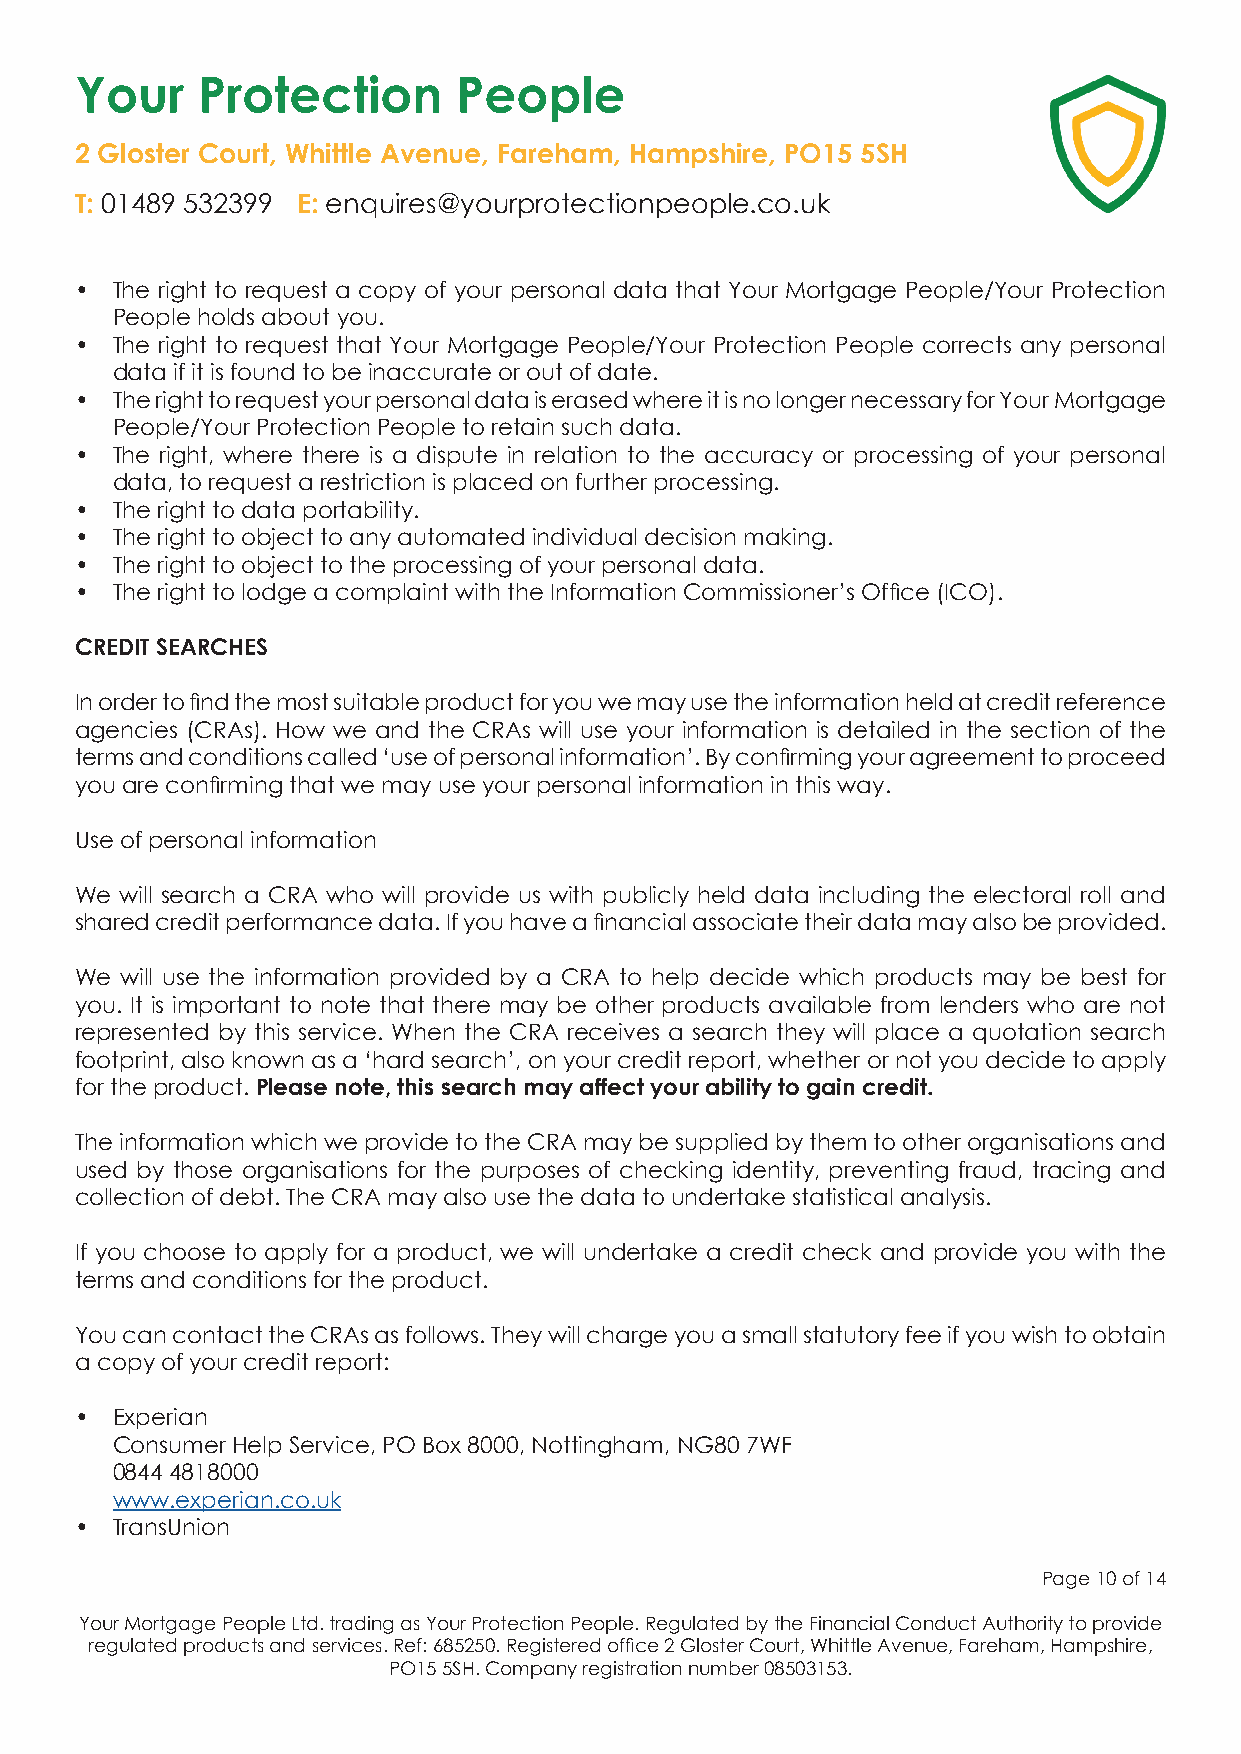
Your    Protection       People
 2 Gloster Court, Whittle Avenue, Fareham, Hampshire, PO15 5SH
 T: 01489 532399 E: enquires@yourprotectionpeople.co.uk
 • The right to request a copy of your personal data that Your Mortgage People/Your Protection
 People holds about you.
 • The right to request that Your Mortgage People/Your Protection People corrects any personal
 data if it is found to be inaccurate or out of date.
 • The right to request your personal data is erased where it is no longer necessary for Your Mortgage
 People/Your Protection People to retain such data.
 • The right, where there is a dispute in relation to the accuracy or processing of your personal
 data, to request a restriction is placed on further processing.
 • The right to data portability.
 • The right to object to any automated individual decision making.
 • The right to object to the processing of your personal data.
 • The right to lodge a complaint with the Information Commissioner’s Office (ICO).
 CREDIT SEARCHES
 In order to find the most suitable product for you we may use the information held at credit reference
 agencies (CRAs). How we and the CRAs will use your information is detailed in the section of the
 terms and conditions called ‘use of personal information’. By confirming your agreement to proceed
 you are confirming that we may use your personal information in this way.
 Use of personal information
 We will search a CRA who will provide us with publicly held data including the electoral roll and
 shared credit performance data. If you have a financial associate their data may also be provided.
 We will use the information provided by a CRA to help decide which products may be best for
 you. It is important to note that there may be other products available from lenders who are not
 represented by this service. When the CRA receives a search they will place a quotation search
 footprint, also known as a ‘hard search’, on your credit report, whether or not you decide to apply
 for the product. Please note, this search may affect your ability to gain credit.
 The information which we provide to the CRA may be supplied by them to other organisations and
 used by those organisations for the purposes of checking identity, preventing fraud, tracing and
 collection of debt. The CRA may also use the data to undertake statistical analysis.
 If you choose to apply for a product, we will undertake a credit check and provide you with the
 terms and conditions for the product.
 You can contact the CRAs as follows. They will charge you a small statutory fee if you wish to obtain
 a copy of your credit report:
 • Experian
 Consumer Help Service, PO Box 8000, Nottingham, NG80 7WF
 0844 4818000
 www.experian.co.uk
 • TransUnion
 Page 10 of 14
 Your Mortgage People Ltd. trading as Your Protection People. Regulated by the Financial Conduct Authority to provide
 regulated products and services. Ref: 685250. Registered office 2 Gloster Court, Whittle Avenue, Fareham, Hampshire,
 PO15 5SH. Company registration number 08503153.